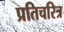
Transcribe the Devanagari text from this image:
प्रतिचरित्र